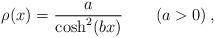
LaTeX: \begin{align*}\rho(x)=\frac{a}{\cosh^2(bx)}\qquad (a>0)\,,\end{align*}